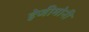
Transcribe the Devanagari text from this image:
हेजीमोनी